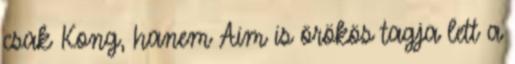
csak Kong, hanem Aim is örökös tagja lett a